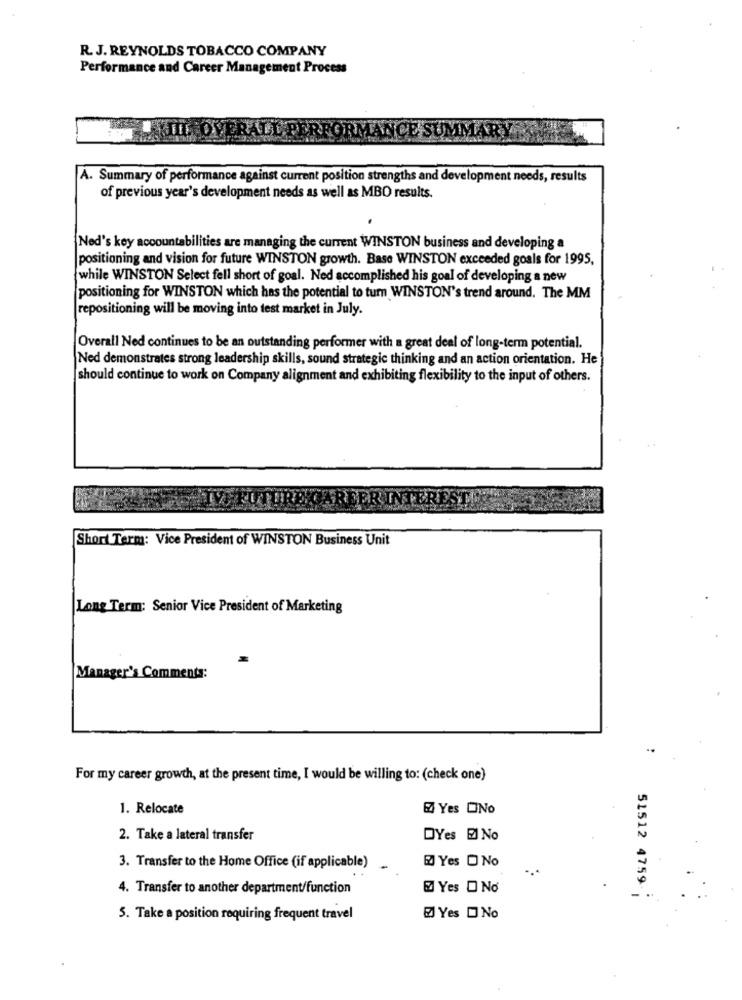
R. J. REYNOLDS TOBACCO COMPANY
Performance and Career Management Process
TIL OVERALT
A. Summary of performance against current position strengths and development needs, results
of previous year's development needs as well as MBO results.
Ned's key accountabilities are managing the current WINSTON business and developing a
positioning and vision for future WINSTON growth. Base WINSTON exceeded goals for 1995,
while WINSTON Select fell short of goal. Ned accomplished his goal of developing a new
positioning for WINSTON which has the potential to turn WINSTON's trend around. The MM
repositioning will be moving into test market in July.
Overall Ned continues to be an outstanding performer with a great deal of long-term potential.
Ned demonstrates strong leadership skills, sound strategic thinking and an action orientation. He
should continue to work on Company alignment and exhibiting flexibility to the input of others.
..
Short Term: Vice President of WINSTON Business Unit
Long Term: Senior Vice President of Marketing
Manager's Comments:
For my career growth, at the present time, I would be willing to: (check one)
1. Relocate
EZ Yes ONo
2. Take a lateral transfer
DYes El No
3. Transfer to the Home Office (if applicable)
Yes D No
4. Transfer to another department/function
Yes O No
51512 4759
5. Take a position requiring frequent travel
El Yes DNo